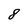
Character: 8